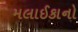
મલાઈકાનો